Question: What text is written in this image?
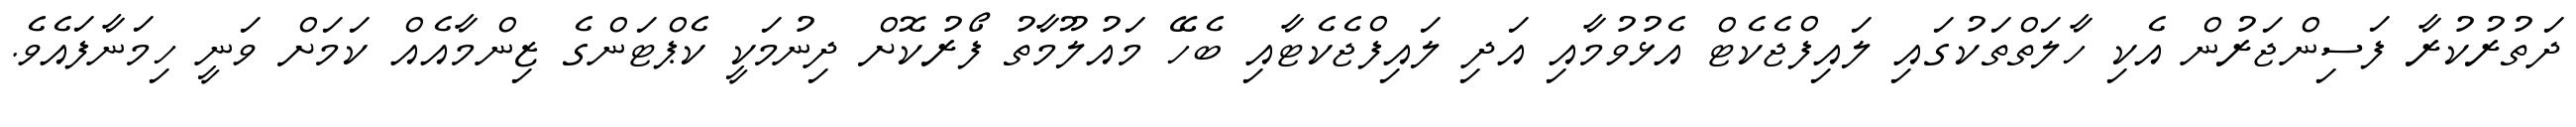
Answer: ދަތުރުކުރާ ފަސިންޖަރުން އެކި ހާލަތްތަކުގައި ލައިފްޖެކެޓް އެޅުވުމާއި އަދި ލައިފްޖެކެޓާއި ބެހޭ މައުލޫމާތު ފޯރުކޮށް ދިނުމަކީ ކެޕްޓަންގެ ޒިންމާއެއް ކަމަށް ވަނީ ހިމަނާފައެވެ.